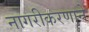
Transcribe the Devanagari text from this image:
नागरीकरणाने